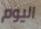
اليوم